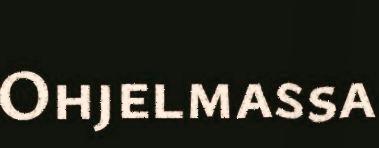
Ohjelmassa